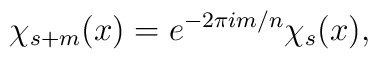
\chi_{s+m}(x)=e^{-2\pi i m/n} \chi_{s}(x),